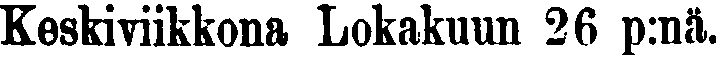
Keskiviikkona Lokakuun 26 p:nä.